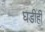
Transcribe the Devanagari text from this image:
घडीही